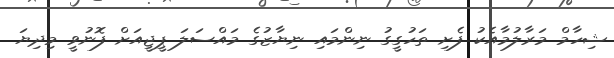
ޝިހާމް މަރާލުމާއެކު ފެށި ތަހުގީގު ނިންމައި ނިޔާޒުގެ މައްސަލަ ޕީޖީއަށް ފޮނުވީ މިދިޔަ